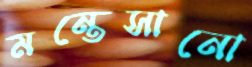
মন্তেসানো